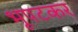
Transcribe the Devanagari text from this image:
भूपटकर